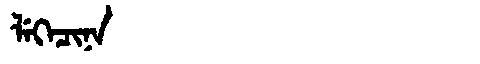
Manchu: ᠯᡝᡴᡝᠴᡳᠨᠠ
Romanization: LEKECINA